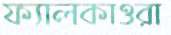
ফ্যালকাওরা